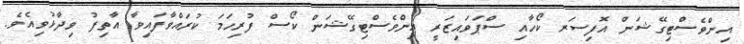
އިންވެސްޓިގޭޝަން އޮފިސަރ ކޯހާއި ސްޕަވައިޒަރީ އިންވެސްޓިގޭޝަން ކޯސް ފުރިހަމަ ކުރައްވާފައިވާ އާތިފު ވިދާޅުވިއެވެ.